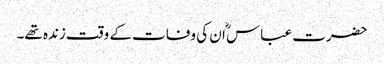
حضرت عباس ؓا ن کی وفات کے وقت زندہ تھے۔